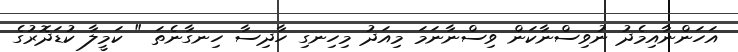
އަހަންނާއިމެދު ނުވިސްނާކަން ވިސްނާނަމަ މިއަދު މިހިނގި ހާދިސާ ހިނގާނެތަ " ކަމީލާ ކުޑަދޮރުގެ